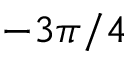
- 3 \pi / 4